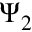
\Psi _ { 2 }